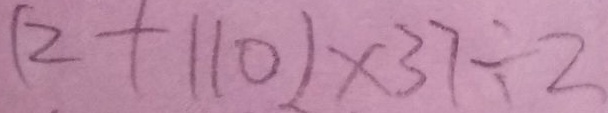
( 2 + 1 1 0 ) \times 3 7 \div 2